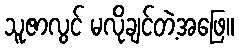
သူဇာလွင် မလိုချင်တဲ့အဖြေ။